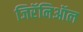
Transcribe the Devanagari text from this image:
जिरॅनिऑल